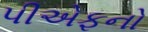
પીએફનો